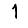
Digit: 1